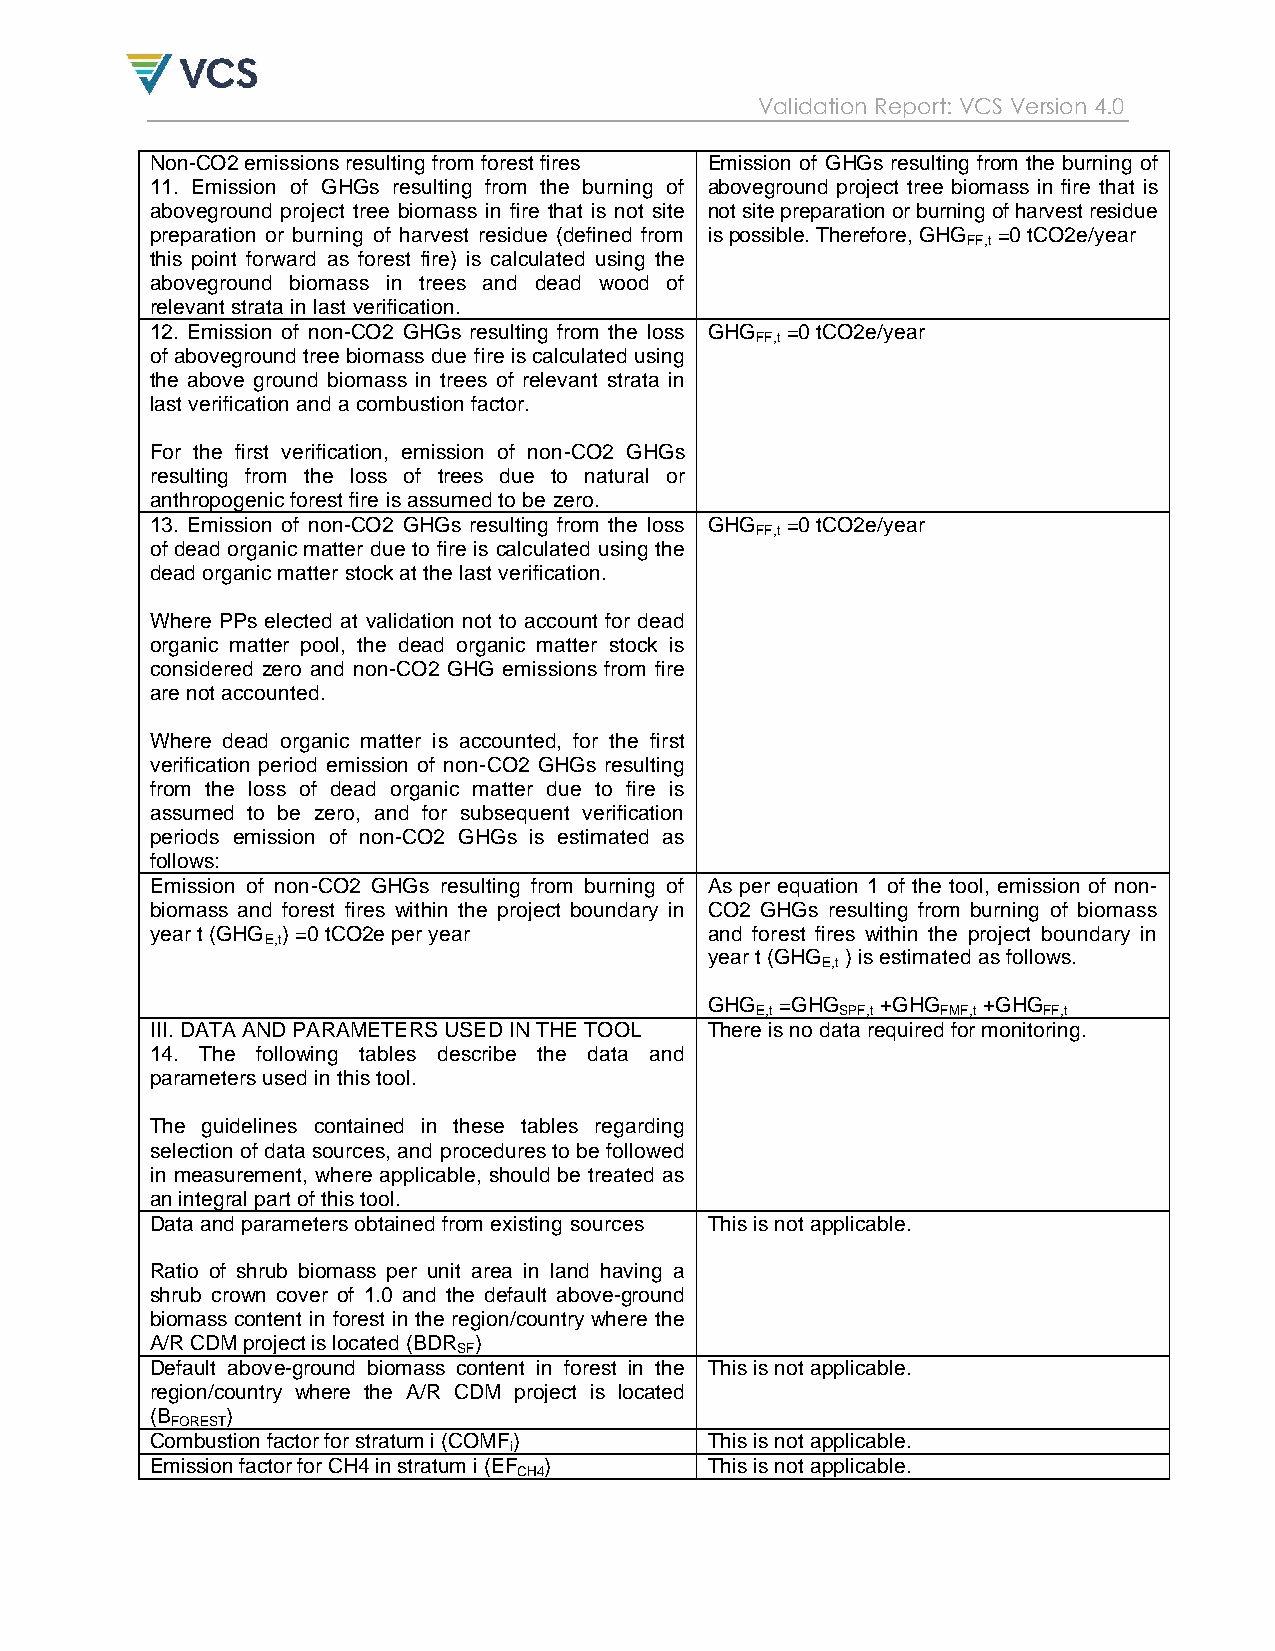
Validation Report: VCS Version 4.0
 Non-CO2 emissions resulting from forest fires Emission of GHGs resulting from the burning of
 11. Emission of GHGs resulting from the burning of aboveground project tree biomass in fire that is
 aboveground project tree biomass in fire that is not site not site preparation or burning of harvest residue
 preparation or burning of harvest residue (defined from is possible. Therefore, GHG =0 tCO2e/year
 FF,t
 this point forward as forest fire) is calculated using the
 aboveground biomass in trees and dead wood of
 relevant strata in last verification.
 12. Emission of non-CO2 GHGs resulting from the loss GHG =0 tCO2e/year
 FF,t
 of aboveground tree biomass due fire is calculated using
 the above ground biomass in trees of relevant strata in
 last verification and a combustion factor.
 For the first verification, emission of non-CO2 GHGs
 resulting from the loss of trees due to natural or
 anthropogenic forest fire is assumed to be zero.
 13. Emission of non-CO2 GHGs resulting from the loss GHG =0 tCO2e/year
 FF,t
 of dead organic matter due to fire is calculated using the
 dead organic matter stock at the last verification.
 Where PPs elected at validation not to account for dead
 organic matter pool, the dead organic matter stock is
 considered zero and non-CO2 GHG emissions from fire
 are not accounted.
 Where dead organic matter is accounted, for the first
 verification period emission of non-CO2 GHGs resulting
 from the loss of dead organic matter due to fire is
 assumed to be zero, and for subsequent verification
 periods emission of non-CO2 GHGs is estimated as
 follows:
 Emission of non-CO2 GHGs resulting from burning of As per equation 1 of the tool, emission of non-
 biomass and forest fires within the project boundary in CO2 GHGs resulting from burning of biomass
 year t (GHG ) =0 tCO2e per year      and forest fires within the project boundary in
 E,t
 year t (GHG ) is estimated as follows.
 E,t
 GHG  =GHG  +GHG   +GHG
 E,t   SPF,t FMF,t  FF,t
 III. DATA AND PARAMETERS USED IN THE TOOL There is no data required for monitoring.
 14. The following tables describe the data and
 parameters used in this tool.
 The guidelines contained in these tables regarding
 selection of data sources, and procedures to be followed
 in measurement, where applicable, should be treated as
 an integral part of this tool.
 Data and parameters obtained from existing sources This is not applicable.
 Ratio of shrub biomass per unit area in land having a
 shrub crown cover of 1.0 and the default above-ground
 biomass content in forest in the region/country where the
 A/R CDM project is located (BDR )
 SF
 Default above-ground biomass content in forest in the This is not applicable.
 region/country where the A/R CDM project is located
 (B   )
 FOREST
 Combustion factor for stratum i (COMF) This is not applicable.
 i
 Emission factor for CH4 in stratum i (EF ) This is not applicable.
 CH4